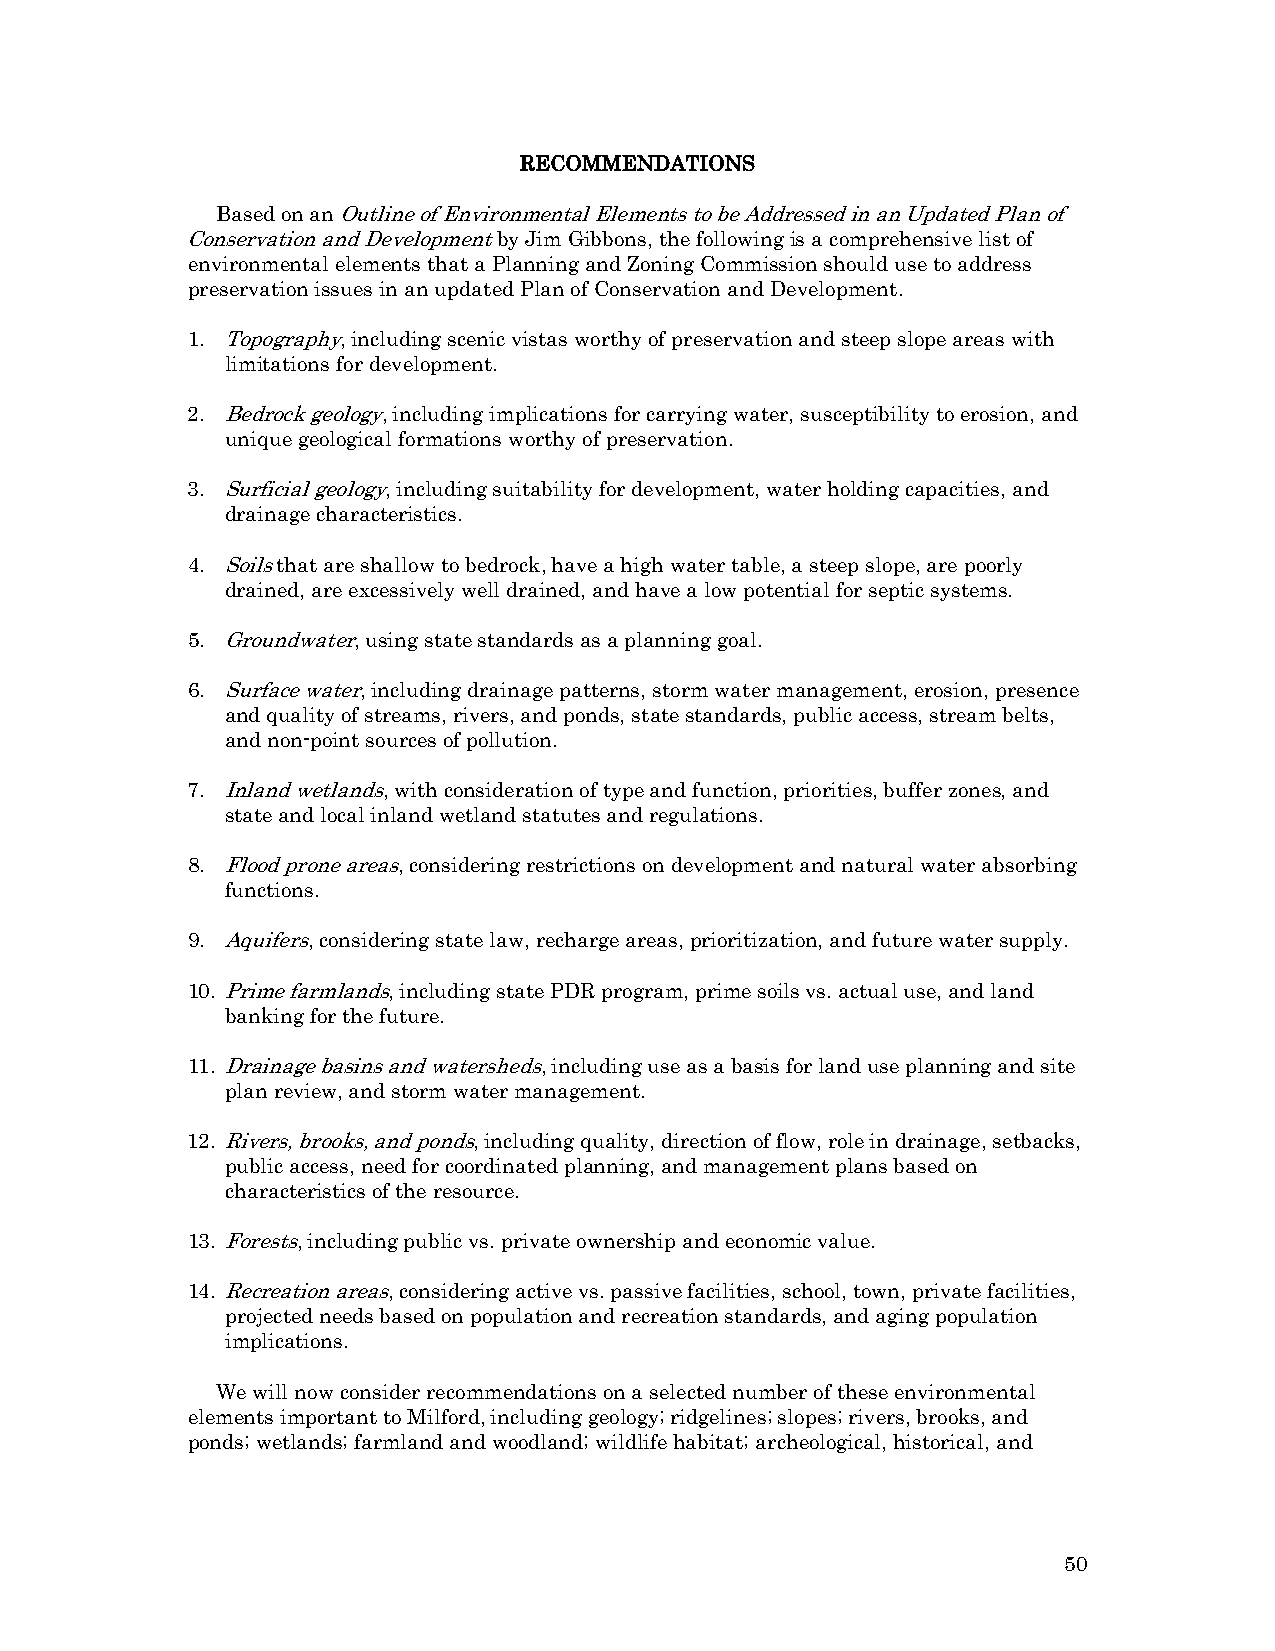
RECOMMENDATIONS
 Based on an Outline of Environmental Elements to be Addressed in an Updated Plan of
 Conservation and Development by Jim Gibbons, the following is a comprehensive list of
 environmental elements that a Planning and Zoning Commission should use to address
 preservation issues in an updated Plan of Conservation and Development.
 1. Topography, including scenic vistas worthy of preservation and steep slope areas with
 limitations for development.
 2. Bedrock geology, including implications for carrying water, susceptibility to erosion, and
 unique geological formations worthy of preservation.
 3. Surficial geology, including suitability for development, water holding capacities, and
 drainage characteristics.
 4. Soils that are shallow to bedrock, have a high water table, a steep slope, are poorly
 drained, are excessively well drained, and have a low potential for septic systems.
 5. Groundwater, using state standards as a planning goal.
 6. Surface water, including drainage patterns, storm water management, erosion, presence
 and quality of streams, rivers, and ponds, state standards, public access, stream belts,
 and non-point sources of pollution.
 7. Inland wetlands, with consideration of type and function, priorities, buffer zones, and
 state and local inland wetland statutes and regulations.
 8. Flood prone areas, considering restrictions on development and natural water absorbing
 functions.
 9. Aquifers, considering state law, recharge areas, prioritization, and future water supply.
 10. Prime farmlands, including state PDR program, prime soils vs. actual use, and land
 banking for the future.
 11. Drainage basins and watersheds, including use as a basis for land use planning and site
 plan review, and storm water management.
 12. Rivers, brooks, and ponds, including quality, direction of flow, role in drainage, setbacks,
 public access, need for coordinated planning, and management plans based on
 characteristics of the resource.
 13. Forests, including public vs. private ownership and economic value.
 14. Recreation areas, considering active vs. passive facilities, school, town, private facilities,
 projected needs based on population and recreation standards, and aging population
 implications.
 We will now consider recommendations on a selected number of these environmental
 elements important to Milford, including geology; ridgelines; slopes; rivers, brooks, and
 ponds; wetlands; farmland and woodland; wildlife habitat; archeological, historical, and
 50